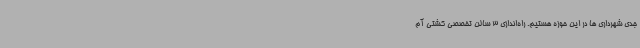
جدی شهرداری ها در این حوزه هستیم. راه‌اندازی 3 سالن تخصصی کشتی آم